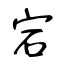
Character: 宕